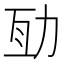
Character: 𠡚